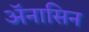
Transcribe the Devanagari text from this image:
ॲनासिन